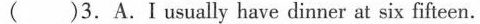
( )3.A.Iusually have dinner at six fifteen.